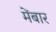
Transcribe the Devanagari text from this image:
मेंबार